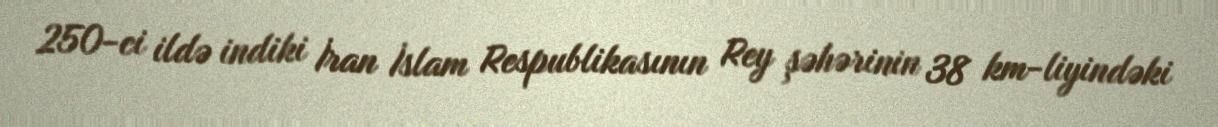
250-ci ildə indiki İran İslam Respublikasının Rey şəhərinin 38 km-liyindəki